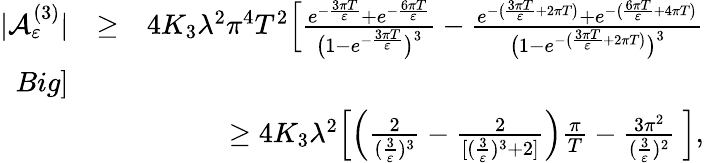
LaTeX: \begin{array}{rlr}{\vert{\cal A}_{\varepsilon}^{(3)}\vert}&{\ge}&{4K_{3}\lambda^{2}\pi^{4}T^{2}\Big[\frac{e^{-\frac{3\pi T}{\varepsilon}}+e^{-\frac{6\pi T}{\varepsilon}}}{\big(1-e^{-\frac{3\pi T}{\varepsilon}}\big)^{3}}-\frac{e^{-\big(\frac{3\pi T}{\varepsilon}+2\pi T\big)}+e^{-\big(\frac{6\pi T}{\varepsilon}+4\pi T\big)}}{\big(1-e^{-\big(\frac{3\pi T}{\varepsilon}+2\pi T\big)}\big)^{3}}}\\ {Big]}\\ &{}&{\ge 4K_{3}\lambda^{2}\Big[\Big(\frac{2}{(\frac{3}{\varepsilon})^{3}}-\frac{2}{[(\frac{3}{\varepsilon})^{3}+2]}\Big)\frac{\pi}{T}-\frac{3\pi^{2}}{(\frac{3}{\varepsilon})^{2}}\ \Big],}\end{array}